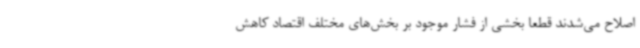
اصلاح می‌شدند قطعا بخشی از فشار موجود بر بخش‌های مختلف اقتصاد کاهش